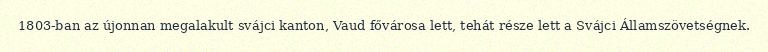
1803-ban az újonnan megalakult svájci kanton, Vaud fővárosa lett, tehát része lett a Svájci Államszövetségnek.